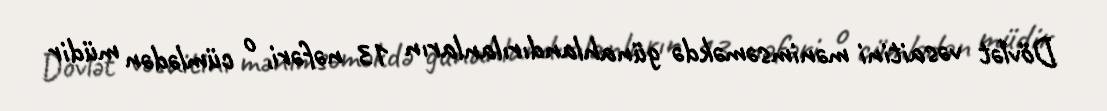
Dövlət vəsaitini mənimsəməkdə günahlandırılanların 13 nəfəri, o cümlədən müdir